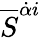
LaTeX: {\overline{{S}}}^{{\dot{\alpha}}i}